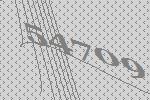
54709